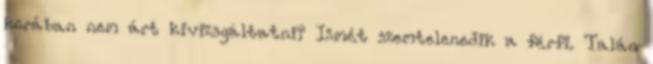
korában nem árt kivizsgáltatni? Ismét szemtelenedik a férfi. Talán